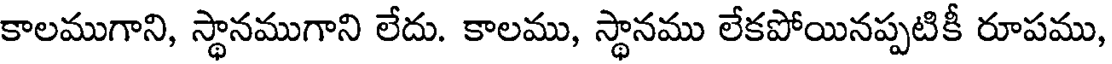
కాలముగాని, స్థానముగాని లేదు. కాలము, స్థానము లేకపోయినప్పటికీ రూపము,